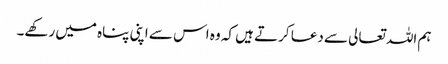
ہم اللہ تعالی سے دعا کرتے ہیں کہ وہ اس سے اپنی پناہ میں رکھے۔